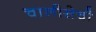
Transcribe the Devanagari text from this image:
चालीसेची